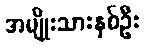
အမျိုးသားနှစ်ဦး